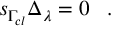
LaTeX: s _ { \Gamma _ { c l } } \Delta _ { \lambda } = 0 \; \; \; .